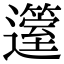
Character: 𨘲